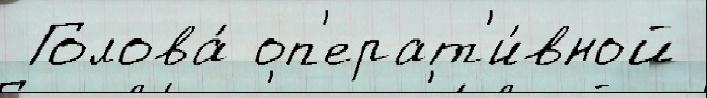
 Голова́ оп'ерат'и́вной